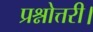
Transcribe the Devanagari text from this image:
प्रश्नोत्तरी।